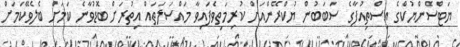
ޔަޓްސެންޔުކްގެ އިސްތިއުފާގެ ސަބަބުން ޔުކްރޭންއަށް ކުރިމަތިވެފައިވާ މައްސަލަތައް އިތުރަށް ބޮޑުވާނެ ކަމަށް ބެލެވޭކަމަށް